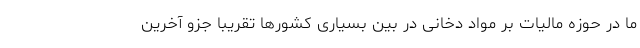
ما در حوزه مالیات بر مواد دخانی در بین بسیاری کشورها تقریبا جزو آخرین